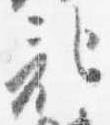
記